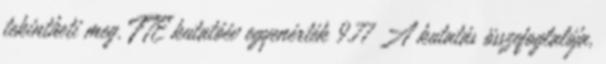
tekintheti meg. FTE kutatóév egyenérték 9.77 A kutatás összefoglalója,